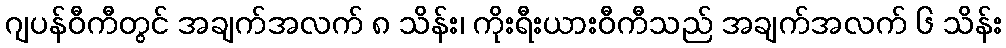
ဂျပန်ဝီကီတွင် အချက်အလက် ၈ သိန်း၊ ကိုးရီးယားဝီကီသည် အချက်အလက် ၆ သိန်း